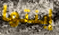
إبنتها